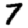
Digit: 7